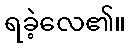
ရခဲ့လေ၏။